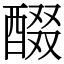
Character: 醊